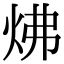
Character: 炥